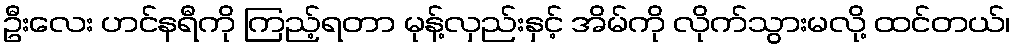
ဦးလေး ဟင်နရီကို ကြည့်ရတာ မုန့်လှည်းနှင့် အိမ်ကို လိုက်သွားမလို့ ထင်တယ်၊